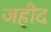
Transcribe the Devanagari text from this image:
जहीद